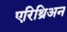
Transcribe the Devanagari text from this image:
एरिथ्रिअन